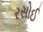
રસોઈ